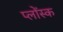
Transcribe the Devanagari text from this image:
प्लोंस्क